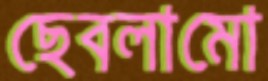
ছেবলামো